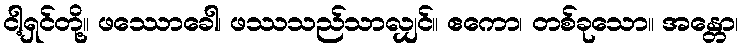
ငါ့ရှင်တို့။ ဖဿောခေါ၊ ဖဿသည်သာလျှင်။ ဧကော၊ တစ်ခုသော။ အန္တော၊